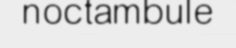
noctambule